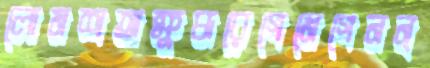
লোমশঅক্ষুব্ধরেগেমেগেনন্